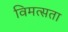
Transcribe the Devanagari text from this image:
विमत्सता